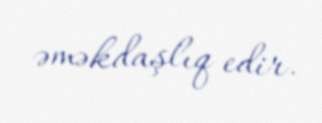
əməkdaşlıq edir.